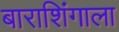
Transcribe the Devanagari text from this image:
बाराशिंगाला